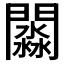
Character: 𨶺